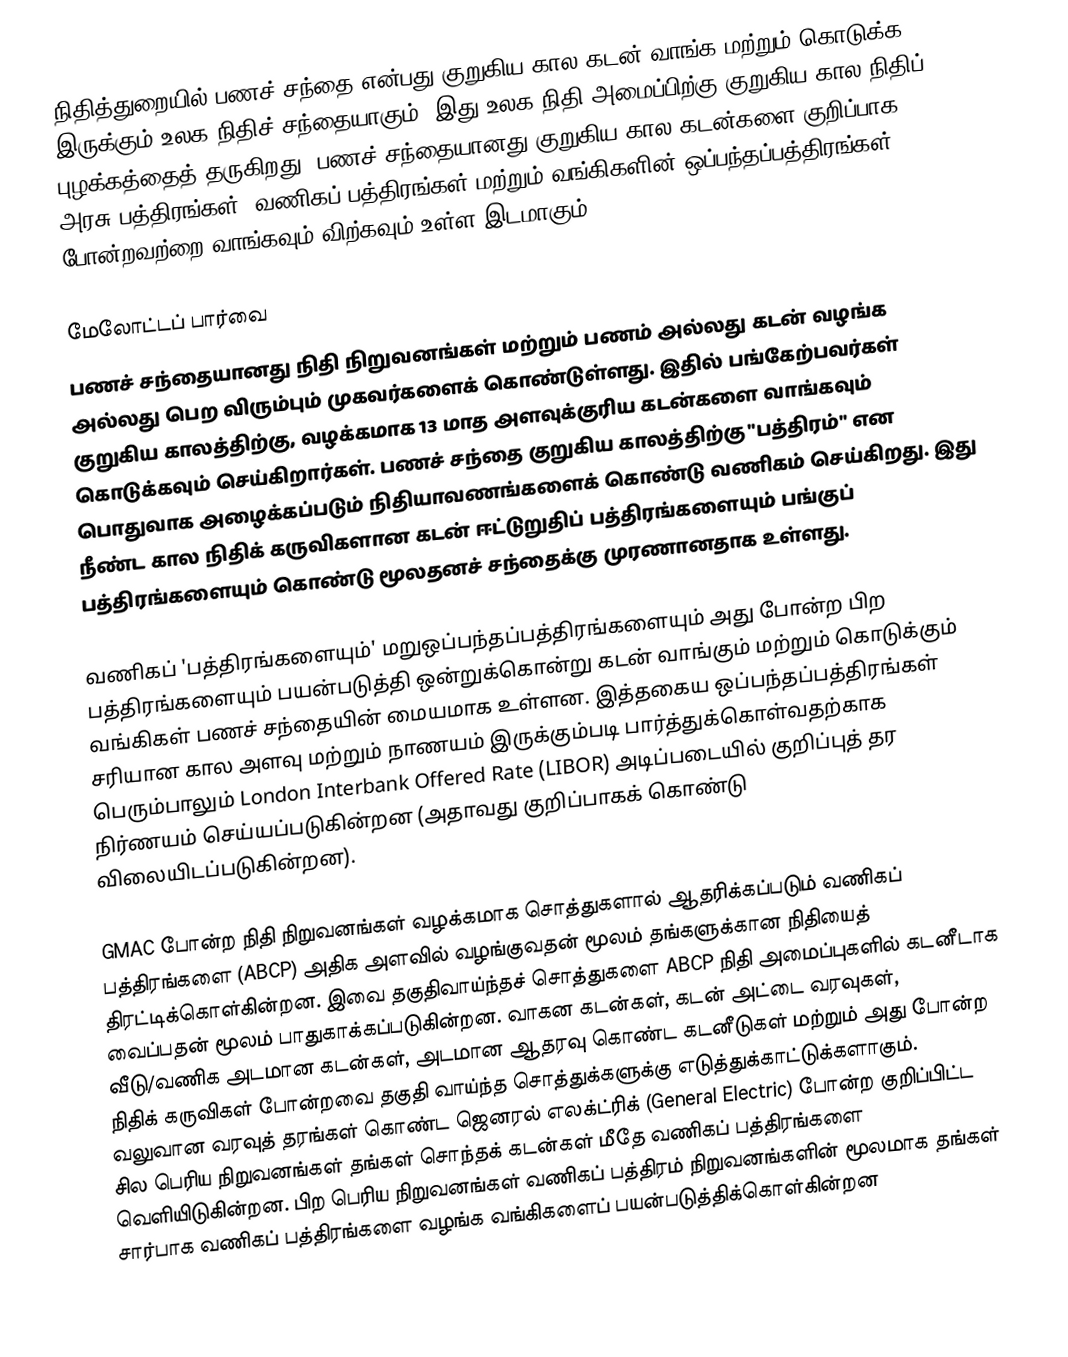
நிதித்துறையில் பணச் சந்தை  என்பது குறுகிய கால கடன் வாங்க மற்றும் கொடுக்க இருக்கும் உலக நிதிச் சந்தையாகும். இது உலக நிதி அமைப்பிற்கு குறுகிய-கால நிதிப் புழக்கத்தைத் தருகிறது. பணச் சந்தையானது குறுகிய-கால கடன்களை குறிப்பாக அரசு பத்திரங்கள், வணிகப் பத்திரங்கள் மற்றும் வங்கிகளின் ஒப்பந்தப்பத்திரங்கள் போன்றவற்றை வாங்கவும் விற்கவும் உள்ள இடமாகும்.

மேலோட்டப் பார்வை
பணச் சந்தையானது நிதி நிறுவனங்கள் மற்றும் பணம் அல்லது கடன் வழங்க அல்லது பெற விரும்பும் முகவர்களைக் கொண்டுள்ளது. இதில் பங்கேற்பவர்கள் குறுகிய காலத்திற்கு, வழக்கமாக 13 மாத அளவுக்குரிய கடன்களை வாங்கவும் கொடுக்கவும் செய்கிறார்கள். பணச் சந்தை குறுகிய காலத்திற்கு "பத்திரம்" என பொதுவாக அழைக்கப்படும் நிதியாவணங்களைக் கொண்டு வணிகம் செய்கிறது. இது நீண்ட கால நிதிக் கருவிகளான கடன் ஈட்டுறுதிப் பத்திரங்களையும் பங்குப் பத்திரங்களையும் கொண்டு மூலதனச் சந்தைக்கு முரணானதாக உள்ளது.

வணிகப் 'பத்திரங்களையும்' மறுஒப்பந்தப்பத்திரங்களையும் அது போன்ற பிற பத்திரங்களையும் பயன்படுத்தி ஒன்றுக்கொன்று கடன் வாங்கும் மற்றும் கொடுக்கும் வங்கிகள் பணச் சந்தையின் மையமாக உள்ளன. இத்தகைய ஒப்பந்தப்பத்திரங்கள் சரியான கால அளவு மற்றும் நாணயம் இருக்கும்படி பார்த்துக்கொள்வதற்காக பெரும்பாலும் London Interbank Offered Rate (LIBOR) அடிப்படையில் குறிப்புத் தர நிர்ணயம் செய்யப்படுகின்றன (அதாவது குறிப்பாகக் கொண்டு விலையிடப்படுகின்றன).

GMAC போன்ற நிதி நிறுவனங்கள் வழக்கமாக சொத்துகளால் ஆதரிக்கப்படும் வணிகப் பத்திரங்களை (ABCP) அதிக அளவில் வழங்குவதன் மூலம் தங்களுக்கான நிதியைத் திரட்டிக்கொள்கின்றன. இவை தகுதிவாய்ந்தச் சொத்துகளை ABCP நிதி அமைப்புகளில் கடனீடாக வைப்பதன் மூலம் பாதுகாக்கப்படுகின்றன. வாகன கடன்கள், கடன் அட்டை வரவுகள், வீடு/வணிக அடமான கடன்கள், அடமான ஆதரவு கொண்ட கடனீடுகள் மற்றும் அது போன்ற நிதிக் கருவிகள் போன்றவை தகுதி வாய்ந்த சொத்துக்களுக்கு எடுத்துக்காட்டுக்களாகும். வலுவான வரவுத் தரங்கள் கொண்ட ஜெனரல் எலக்ட்ரிக் (General Electric) போன்ற குறிப்பிட்ட சில பெரிய நிறுவனங்கள் தங்கள் சொந்தக் கடன்கள் மீதே வணிகப் பத்திரங்களை வெளியிடுகின்றன. பிற பெரிய நிறுவனங்கள் வணிகப் பத்திரம் நிறுவனங்களின் மூலமாக தங்கள் சார்பாக வணிகப் பத்திரங்களை வழங்க வங்கிகளைப் பயன்படுத்திக்கொள்கின்றன